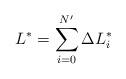
LaTeX: \begin{align*} L^*= \sum_{i=0}^{N'}\Delta L^*_{i} \end{align*}